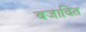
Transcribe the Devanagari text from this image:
बजावित